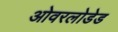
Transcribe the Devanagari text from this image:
ओवरलोडेड